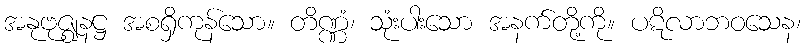
အနုဗုဇ္ဈနဋ္ဌ အစရှိကုန်သော။ တိဏ္ဏံ၊ သုံးပါးသော အနက်တို့ကို။ ပဋိလာဘဝသေန၊